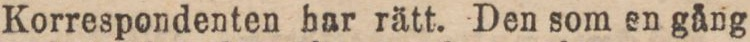
Korrespondenten har rätt. Den som en gång